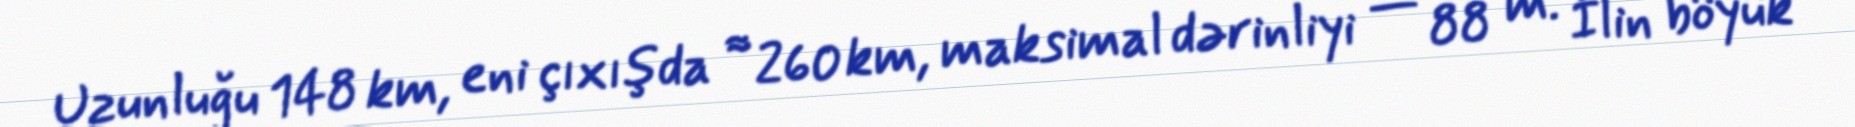
Uzunluğu 148 km, eni çıxışda ≈ 260 km, maksimal dərinliyi — 88 m. İlin böyük